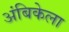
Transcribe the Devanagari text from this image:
अंबिकेला